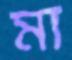
মা